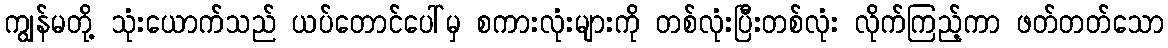
ကျွန်မတို့ သုံးယောက်သည် ယပ်တောင်ပေါ်မှ စကားလုံးများကို တစ်လုံးပြီးတစ်လုံး လိုက်ကြည့်ကာ ဖတ်တတ်သော